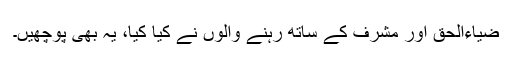
ضیاءالحق اور مشرف کے ساتھ رہنے والوں نے کیا کیا، یہ بھی پوچھیں۔